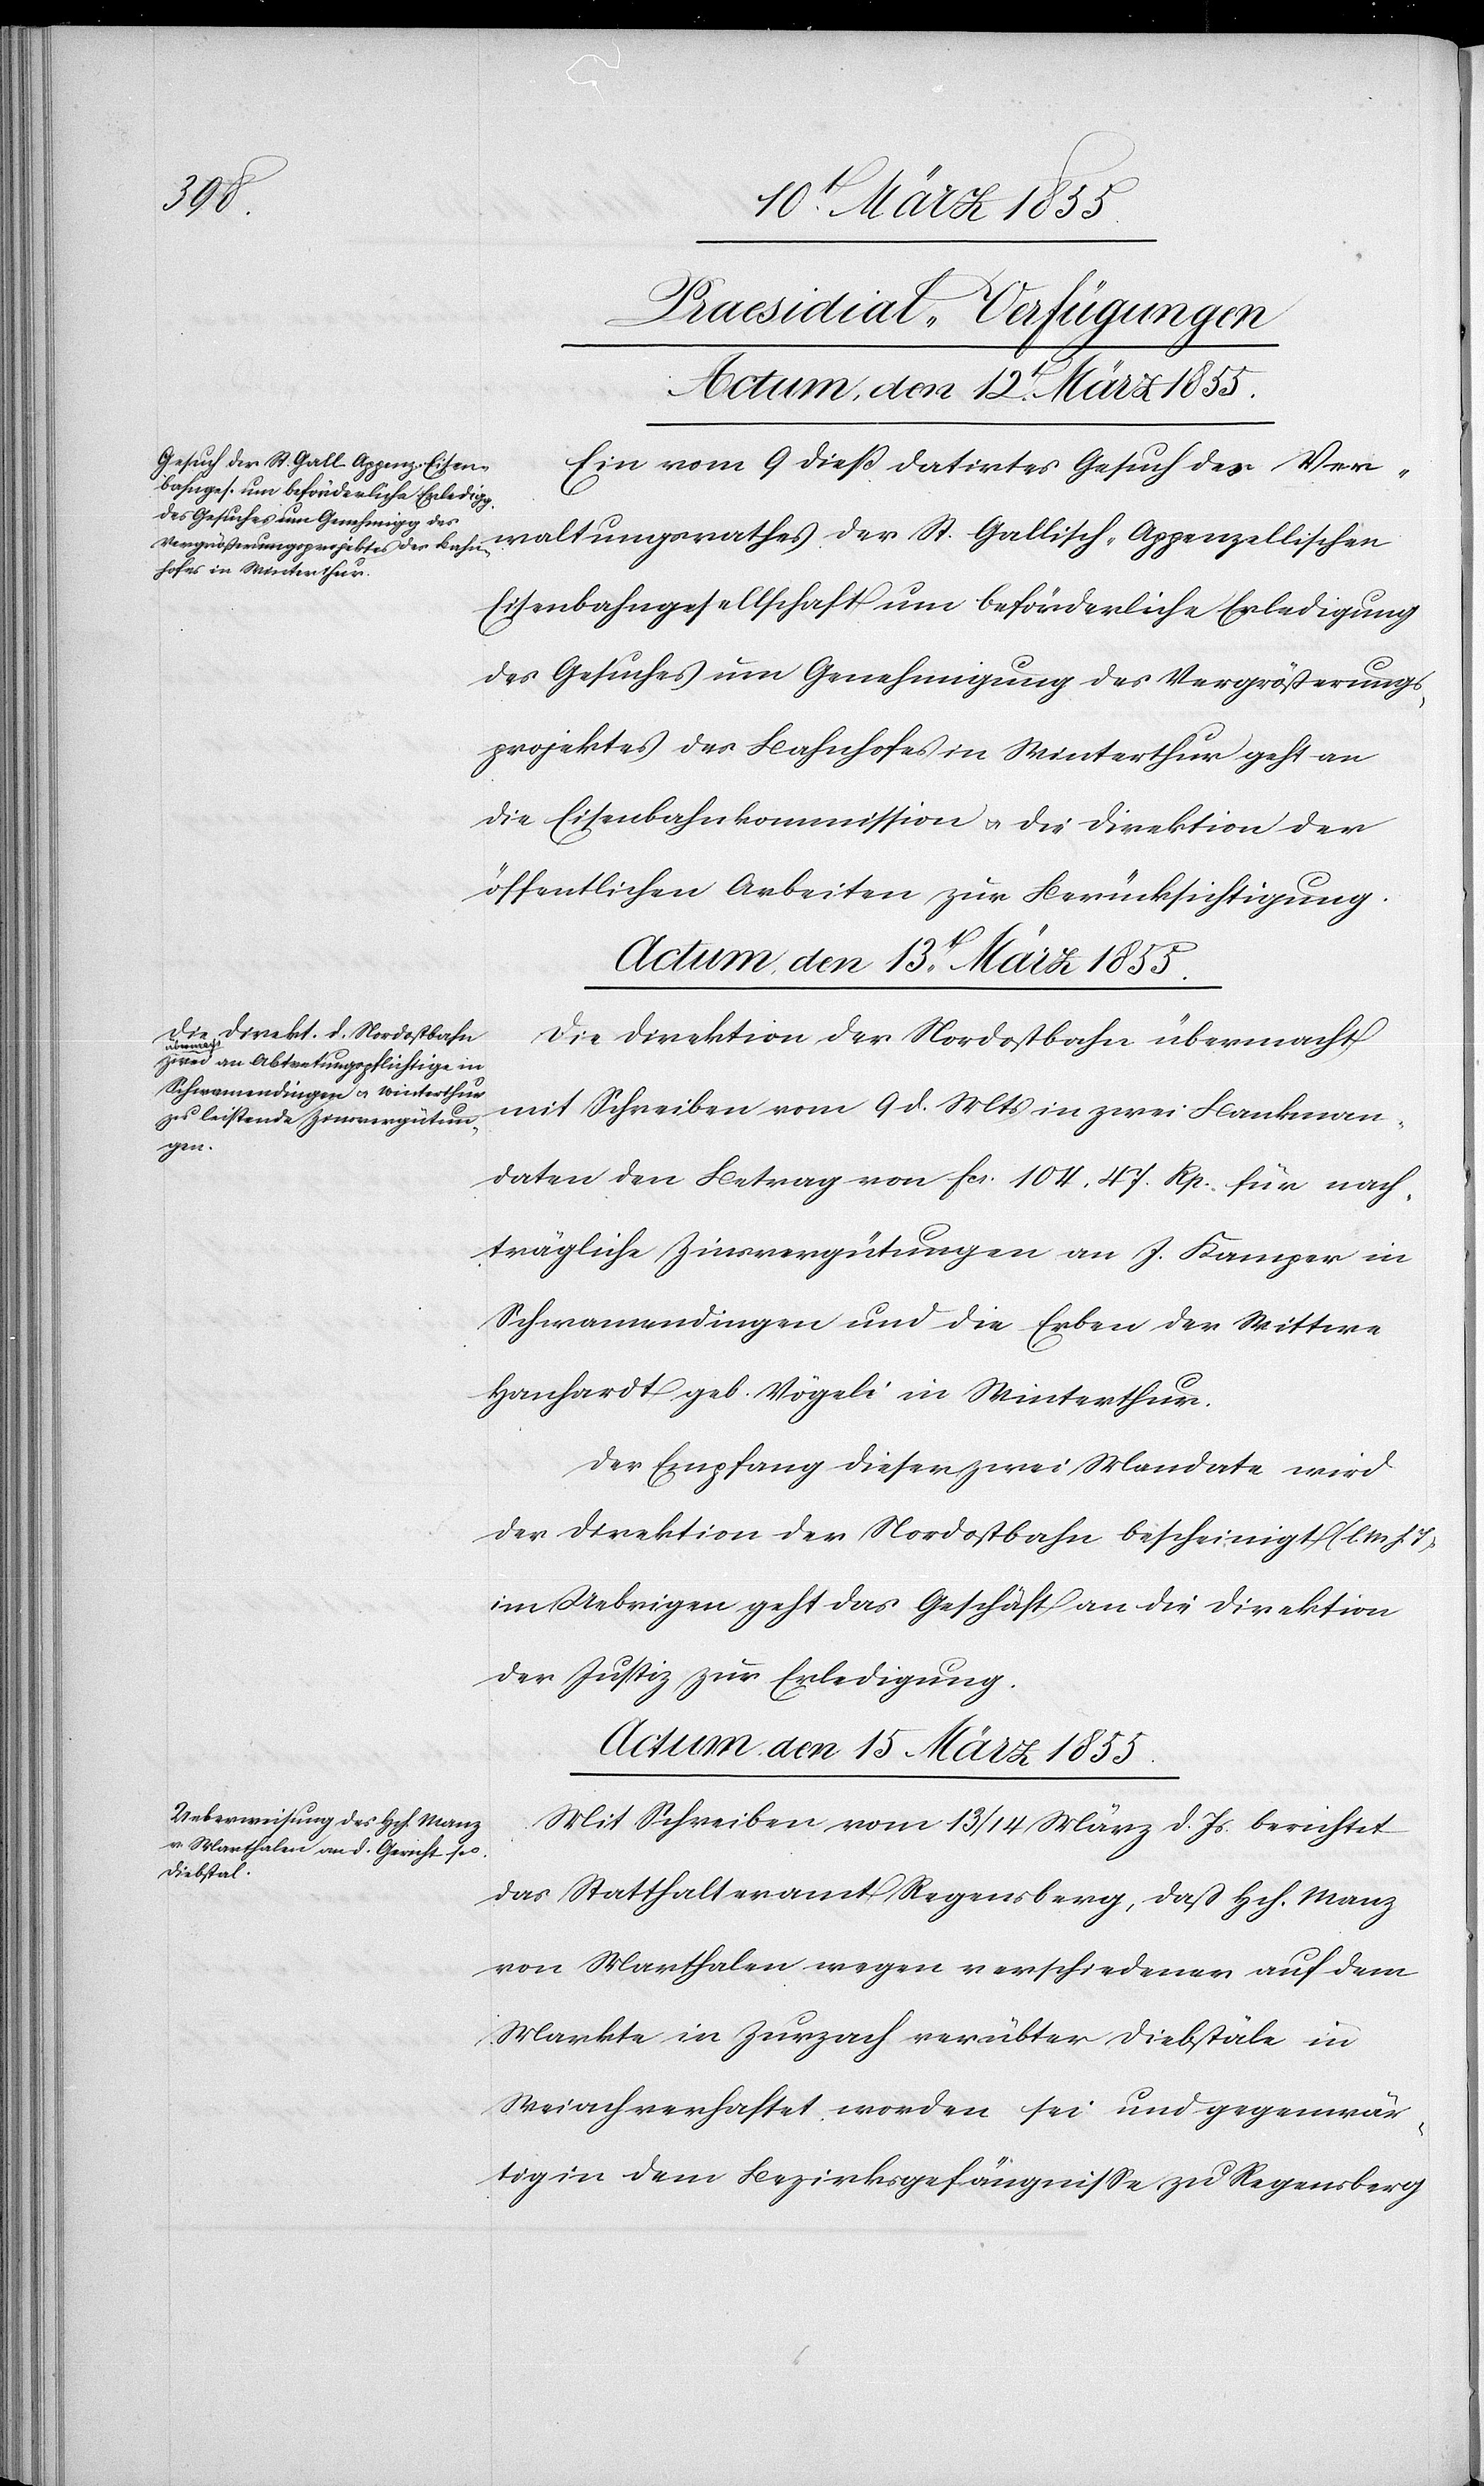
[Praesidial-Verfügungen]
Actum, den 15 März 1855.
Ein vom 9 dieß datirtes Gesuch des Ver¬
waltungsrathes der St. Gallisch-Appenzellischen
Eisenbahngesellschaft um beförderliche Erledigung
des Gesuches um Genehmigung des Vergrößerungs¬
projektes des Bahnhofes in Winterthur geht an
die Eisenbahnkommission & die Direktion der
öffentlichen Arbeiten zur Berücksichtigung.
Actum, den 13t. März 1855.
Die Direktion der Nordostbahn übermacht
mit Schreiben vom 9 d. Mts in zwei Bankman¬
daten den Betrag von Fcs. 104. 47. Rp. für nach¬
trägliche Zinsvergütungen an J. Kamper in
Schwamendingen und die Erben der Wittwe
Hanhardt geb. Vögeli in Winterthur.
Der Empfang dieser zwei Mandate wird
der Direktion der Nordostbahn bescheinigt (l. M.
im Uebrigen geht das Geschäft an die Direktion
der Justiz zur Erledigung.
Mit Schreiben vom 13 / 14 März d. Js. berichtet
das Statthalteramt Regensberg, daß Hch. Manz
von Marthalen wegen verschiedener auf dem
Markte in Zurzach verübter Diebstäle in
Weiach verhaftet worden sei und gegenwär¬
tig in dem Bezirksgefängnisse zu Regensberg